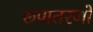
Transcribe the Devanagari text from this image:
रूपातरणों